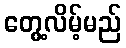
တွေ့လိမ့်မည်